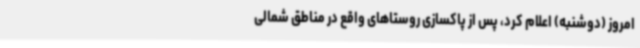
امروز (دوشنبه) اعلام کرد، پس از پاکسازی روستاهای واقع در مناطق شمالی